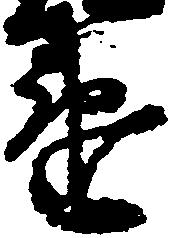
違